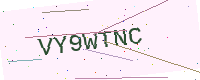
Text: VY9WTNC